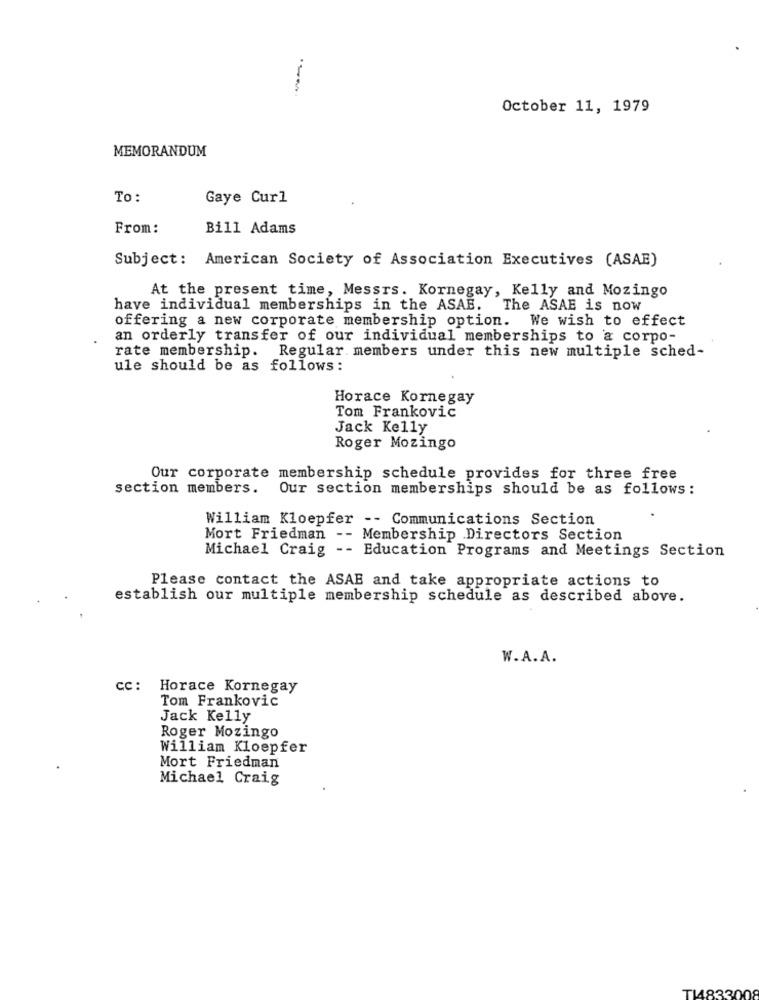
---
October 11, 1979
MEMORANDUM
To:
Gaye Curl
From:
Bill Adams
Subject: American Society of Association Executives (ASAE)
At the present time, Messrs. Kornegay, Kelly and Mozingo
have individual memberships in the ASAE. The ASAE is now
offering a new corporate membership option. We wish to effect
an orderly transfer of our individual memberships to a corpo-
Regular members under this new multiple sched-
rate membership.
ule should be as follows :
Horace Kornegay
Tom Frankovic
Jack Kelly
Roger Mozingo
Our corporate membership schedule provides for three free
section members.
Our section memberships should be as follows:
William Kloepfer -- Communications Section
Mort Friedman -- Membership Directors Section
Michael Craig -- Education Programs and Meetings Section
Please contact the ASAE and take appropriate actions to
establish our multiple membership schedule as described above.
W.A.A.
cc: Horace Kornegay
Tom Frankovic
Jack Kelly
Roger Mozingo
William Kloepfer
Mort Friedman
Michael Craig
TI83300